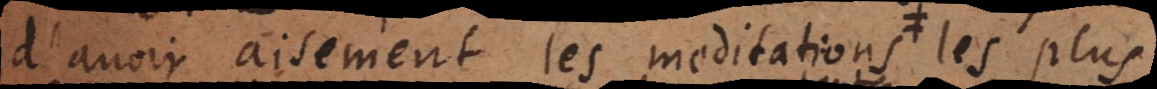
aisement les meditations les plus